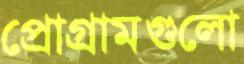
প্রোগ্রামগুলো